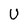
Character: U